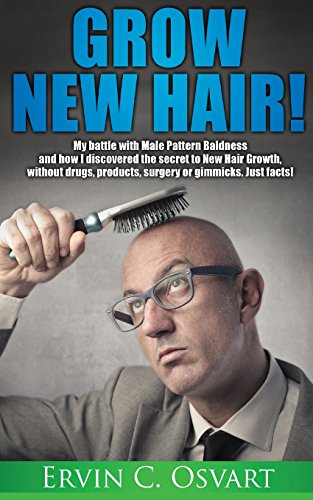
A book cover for Grow New Hair: My battle with Male Pattern Baldness and How I Discovered the Secret to New Hair Growth; Ervin C. Osvart; Health, Fitness & Dieting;